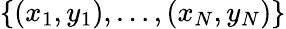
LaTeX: \{ (x_{1},y_{1}),\ldots,(x_{N},y_{N})\}